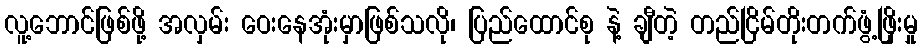
လူ့ဘောင်ဖြစ်ဖို့ အလှမ်း ဝေးနေအုံးမှာဖြစ်သလို၊ ပြည်ထောင်စု နဲ့ ချီတဲ့ တည်ငြိမ်တိုးတက်ဖွံ့ဖြိုးမှု